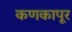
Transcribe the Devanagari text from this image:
कणकापूर